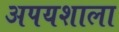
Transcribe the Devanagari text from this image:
अपयशाला